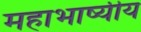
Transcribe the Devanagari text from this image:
महाभाष्यीय